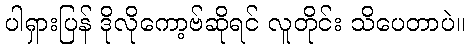
ပါရှားပြန် ဒိုလိုကော့ဗ်ဆိုရင် လူတိုင်း သိပေတာပဲ။